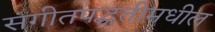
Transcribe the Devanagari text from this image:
संगीतपद्धतीमधील